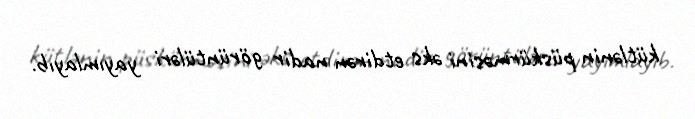
kütlənin püskürməsini əks etdirən nadir görüntüləri yayımlayıb.